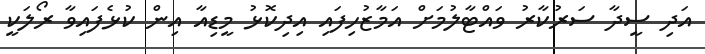
އަދި ސީދާ ސަރުކާރު ވައްޓާލުމަށް އަމާޒުހިފައި އިދިކޮޅު މީޑިއާ އިން ކުޅެފައިވާ ރޯލަކީ